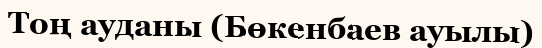
Тоң ауданы (Бөкенбаев ауылы)